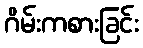
ဂိမ်းကစားခြင်း